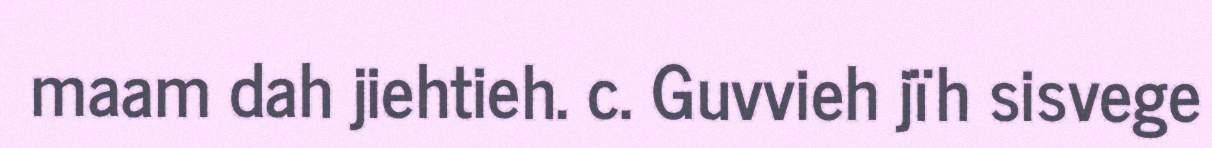
maam dah jiehtieh. c. Guvvieh jïh sisvege